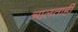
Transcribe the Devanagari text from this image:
चालताही